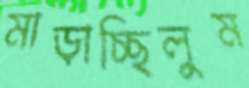
মাড়াচ্ছিলুম